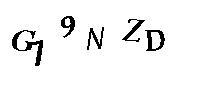
G79NZD